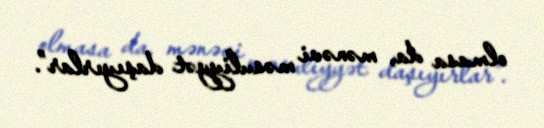
olmasa da, mənəvi məsuliyyət daşıyırlar”.